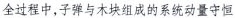
全过程中，子弹与木块组成的系统动量守恒